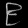
Digit: ၉